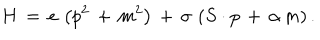
LaTeX: H \, = \, e \, \left( p ^ { 2 } \, + \, m ^ { 2 } \right) \, + \, \sigma \, \left( S \cdot p \, + \, \alpha \, m \right) .